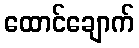
ထောင်ချောက်